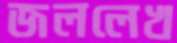
জললেখ